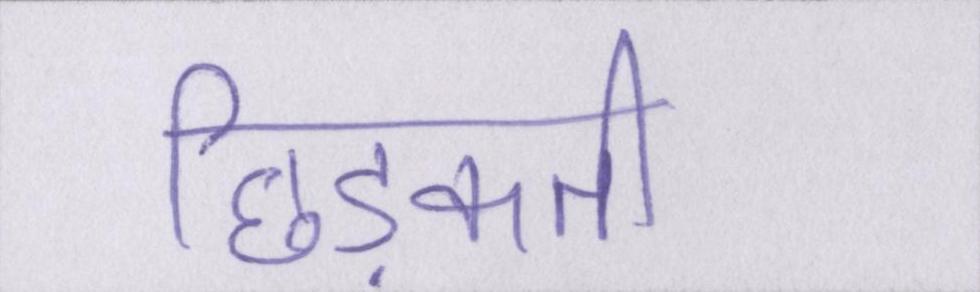
छिड़कती